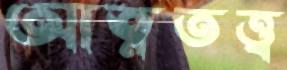
আত্নতত্ত্ব